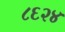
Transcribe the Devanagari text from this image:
८६२४